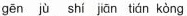
gēn jù shí jiān tián kòng